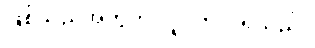
ဖြစ်သည့်အတွက် လူဝတ်လဲရသည်။